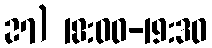
27) 18:00-19:30